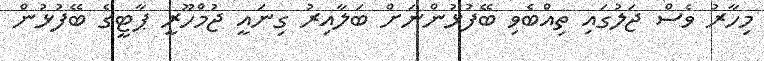
މިހާރު ވެސް ޖަލުގައި ތިއްބެވި ބޭފުޅުންނަށް ބަލާއިރު ގިނައީ ޖުމްހޫރީ ޕާޓީގެ ބޭފުޅުން